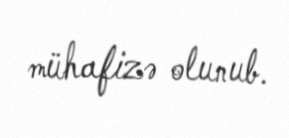
mühafizə olunub.